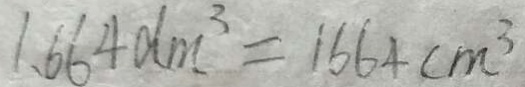
1 . 6 6 4 d m ^ { 3 } = 1 6 6 4 c m ^ { 3 }